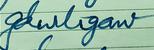
Signature authenticity: forged